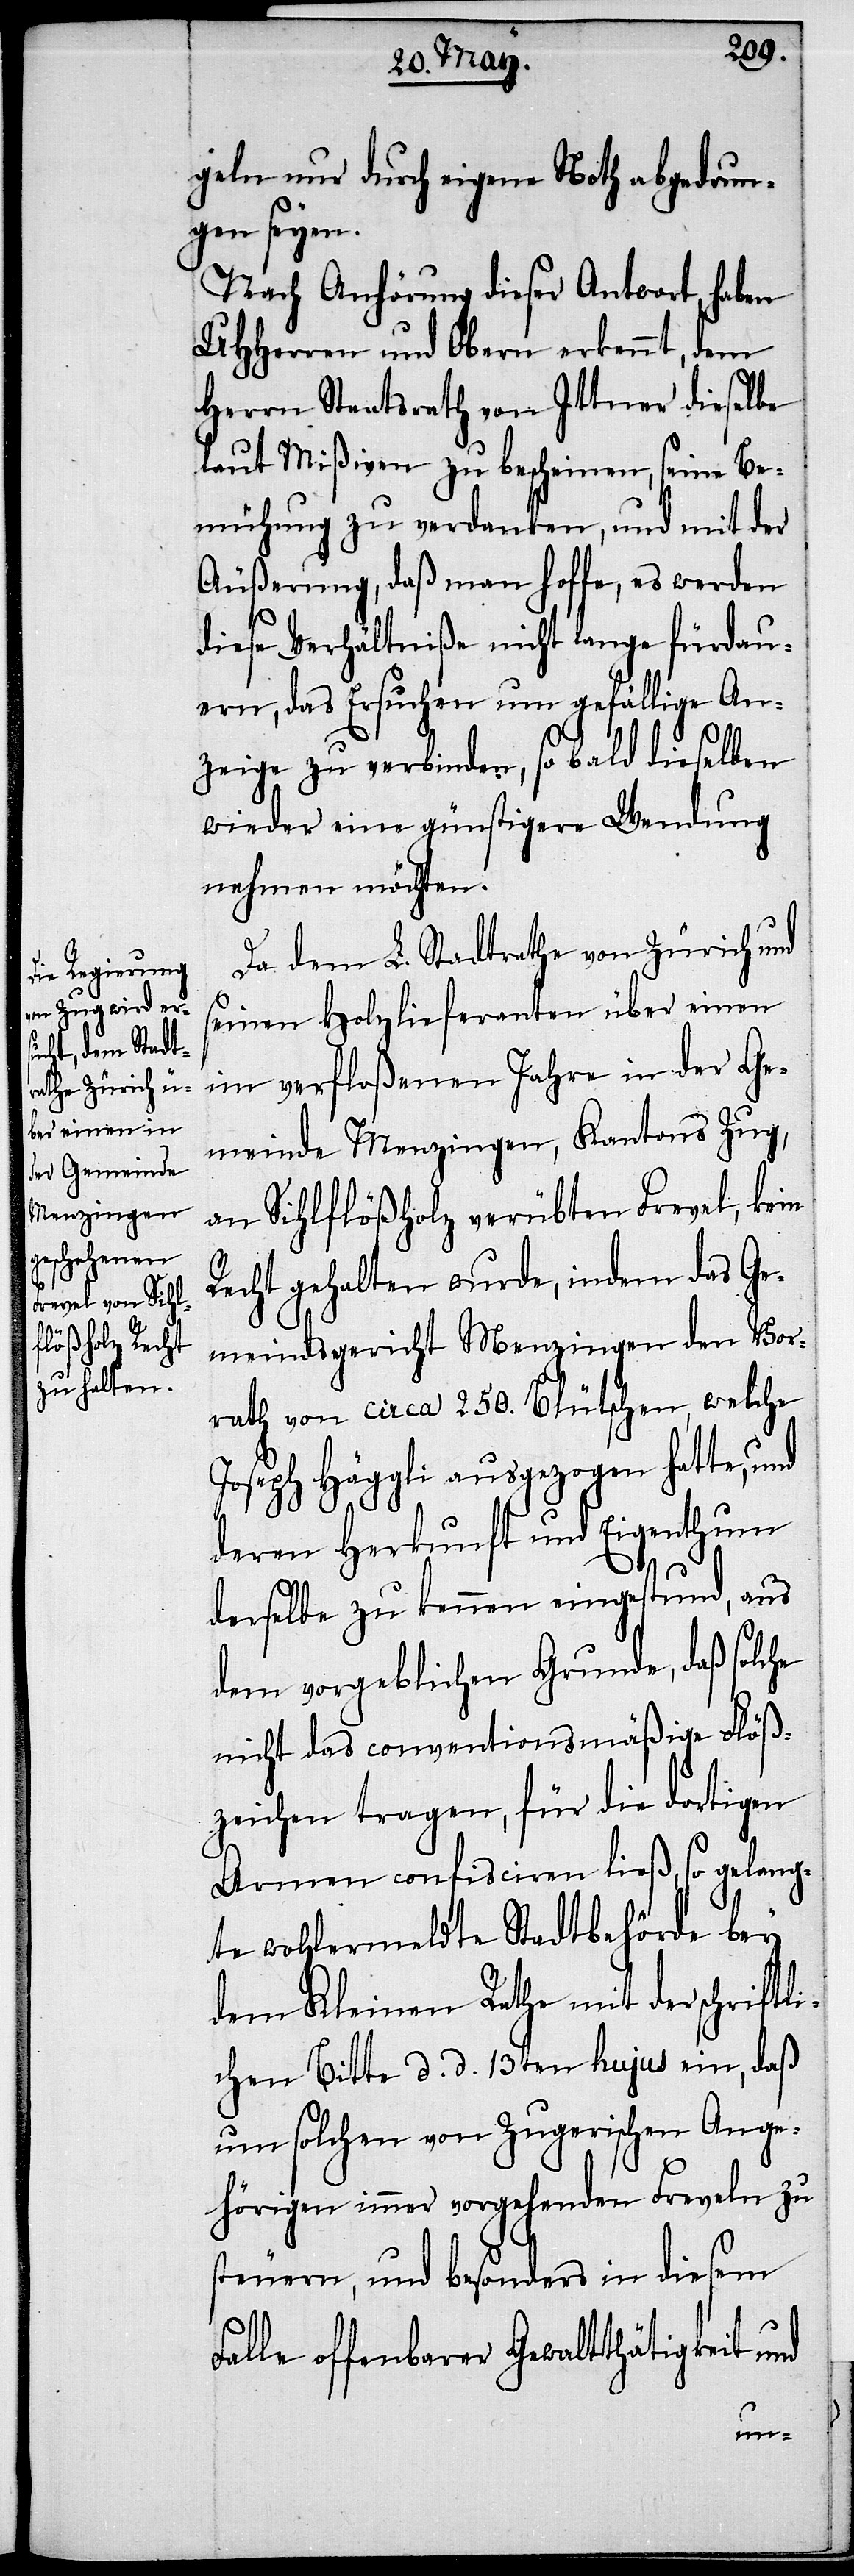
geln nur durch eigene Noth abgedrun¬
gen seyen.
Nach Anhörung dieser Antwort, haben
UHHerren und Obern erkennt, dem
Herrn Staatsrath von Ittner dieselbe
laut Mißiven zu bescheinen, seine Be¬
mühung zu verdanken, und mit der
Äußerung, daß man hoffe, es werden
diese Verhältniße nicht lange fürdau¬
ern, das Ersuchen um gefällige An¬
zeige zu verbinden, so bald dieselben
wieder eine günstigere Wendung
nehmen möchten.
Da dem L. Stadtrathe von Zürich und
seinen Holzlieferanten über einen
im verfloßenen Jahre in der Ge¬
meinde Menzingen, Kantons Zug,
an Sihlflößholz verübten Frevel, kein
Recht gehalten wurde, indem das Ge¬
meindsgericht Menzingen den Vor¬
rath von circa 250. Blütschen, welche
Joseph Häggli ausgezogen hatte, und
deren Herkunft und Eigenthum
dasselbe zu kennen eingestund, aus
dem vorgeblichen Grunde, daß solche
nicht das conventionsmäßige Flöß¬
zeichen tragen, für die dortigen
Armen confisciren ließ, so gelang¬
te wohlermeldte Stadtbehörde bey
dem Kleinen Rathe mit der schriftli¬
chen Bitte d. d. 13ten hujus ein, daß
um solchen von Zugerischen Ange¬
hörigen immer vorgehenden Freveln zu
steuern, und besonders in diesem
Falle offenbarer Gewaltthätigkeit und